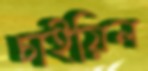
চাইয়িল